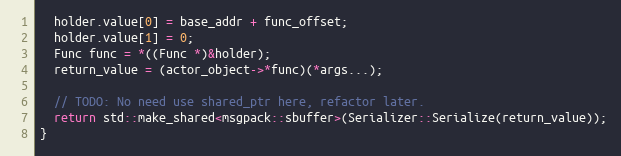
Language: C
  holder.value[0] = base_addr + func_offset;
  holder.value[1] = 0;
  Func func = *((Func *)&holder);
  return_value = (actor_object->*func)(*args...);

  // TODO: No need use shared_ptr here, refactor later.
  return std::make_shared<msgpack::sbuffer>(Serializer::Serialize(return_value));
}